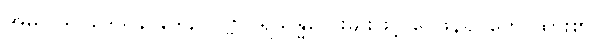
အဓိပ္ပါယ်၊ ဒေသနာနိဒါန၊ ပုဗ္ဗာပရသန္ဓိလေးမျိုးဖြင့် ဝေဖန်၍ ဟောထား၏။